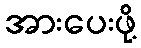
အားပေးဖို့